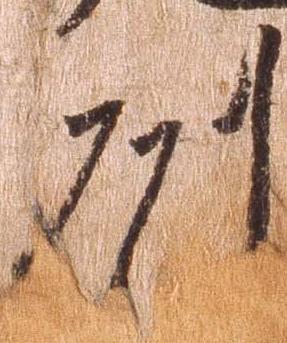
州